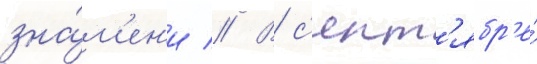
зна́м'ен'и // В с'ент'ябр'е́